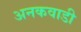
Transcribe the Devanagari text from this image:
अनकवाडी